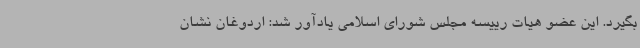
بگیرد. این عضو هیات رییسه مجلس شورای اسلامی یادآور شد: اردوغان نشان